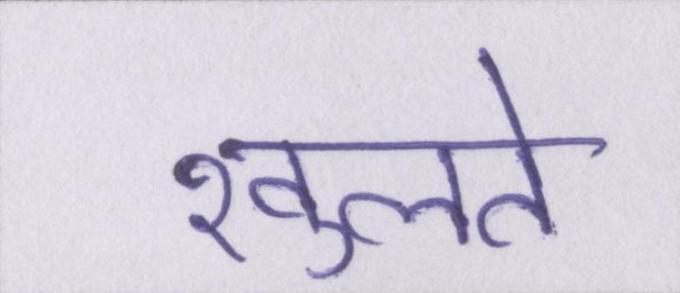
खुलते